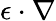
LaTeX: \mathbf{\epsilon}\cdot\nabla